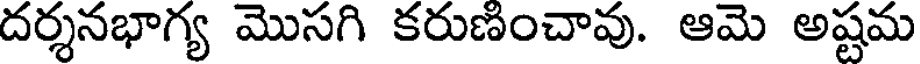
దర్శనభాగ్య మొసగి కరుణించావు. ఆమె అష్టమ